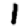
Digit: 1